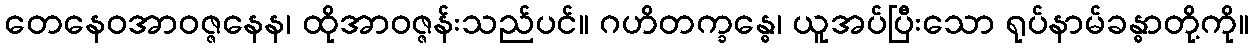
တေနေဝအာဝဇ္ဇနေန၊ ထိုအာဝဇ္ဇန်းသည်ပင်။ ဂဟိတက္ခန္ဓေ၊ ယူအပ်ပြီးသော ရုပ်နာမ်ခန္ဓာတို့ကို။